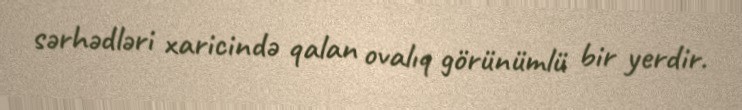
sərhədləri xaricində qalan ovalıq görünümlü bir yerdir.